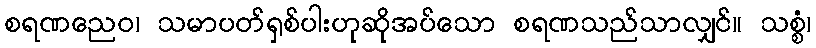
စရဏညေဝ၊ သမာပတ်ရှစ်ပါးဟုဆိုအပ်သော စရဏသည်သာလျှင်။ သစ္စံ၊